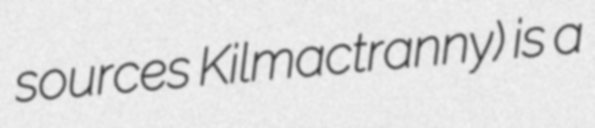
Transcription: sources Kilmactranny) is a